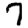
Digit: 7